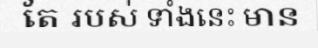
តែ របស់ ទាំងនេះ មាន